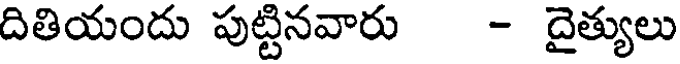
దితియందు పుట్టినవారు - దైత్యులు